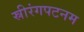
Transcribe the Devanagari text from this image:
स्रीरंगपटनम